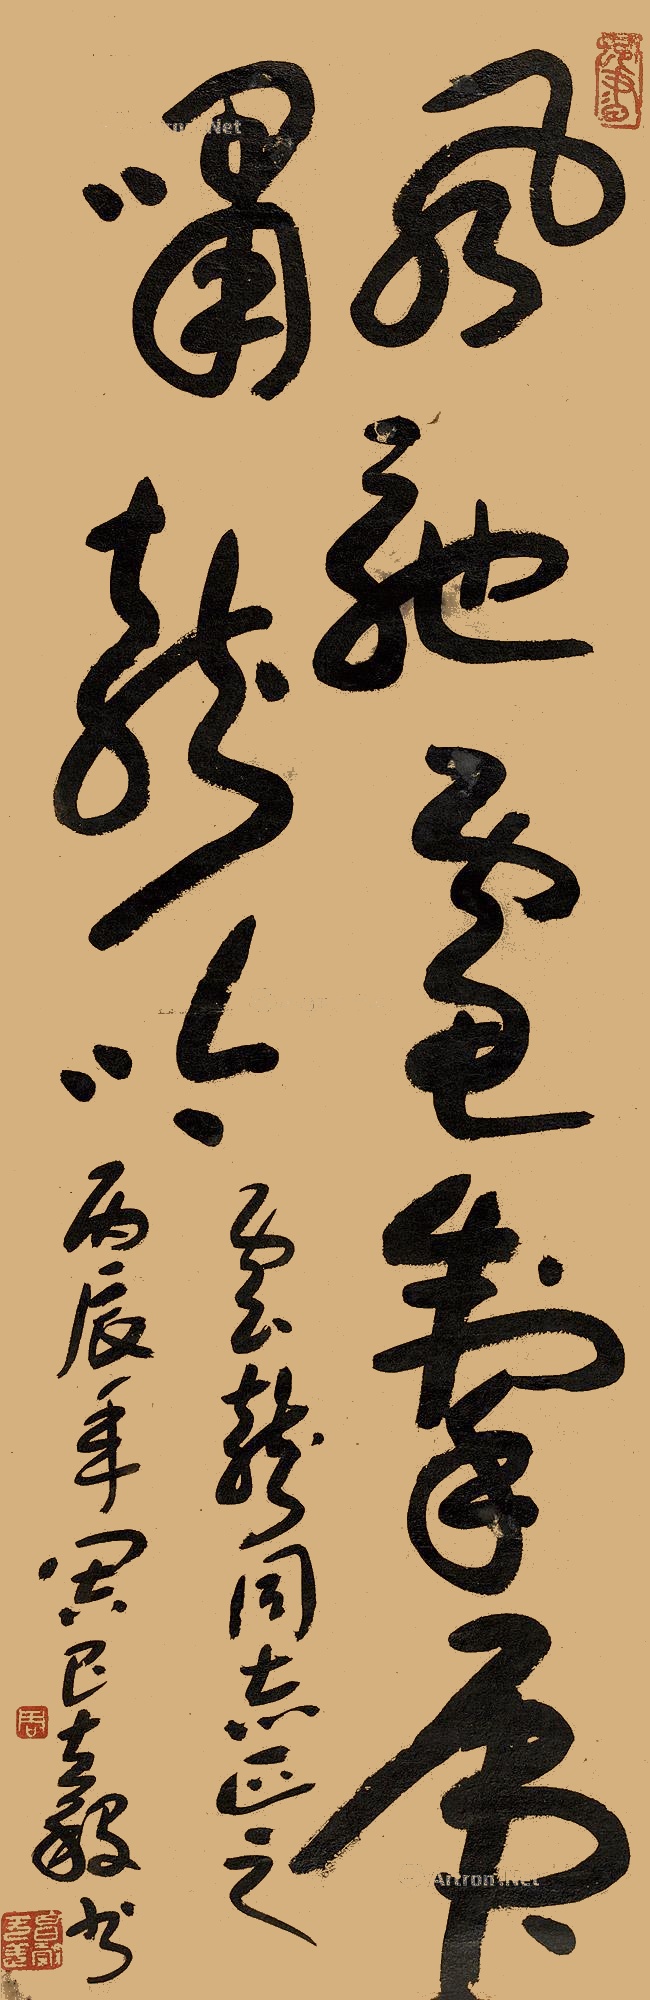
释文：风驰电掣，虎啸龙吟。云龙同志正之，丙辰年周昌谷书。